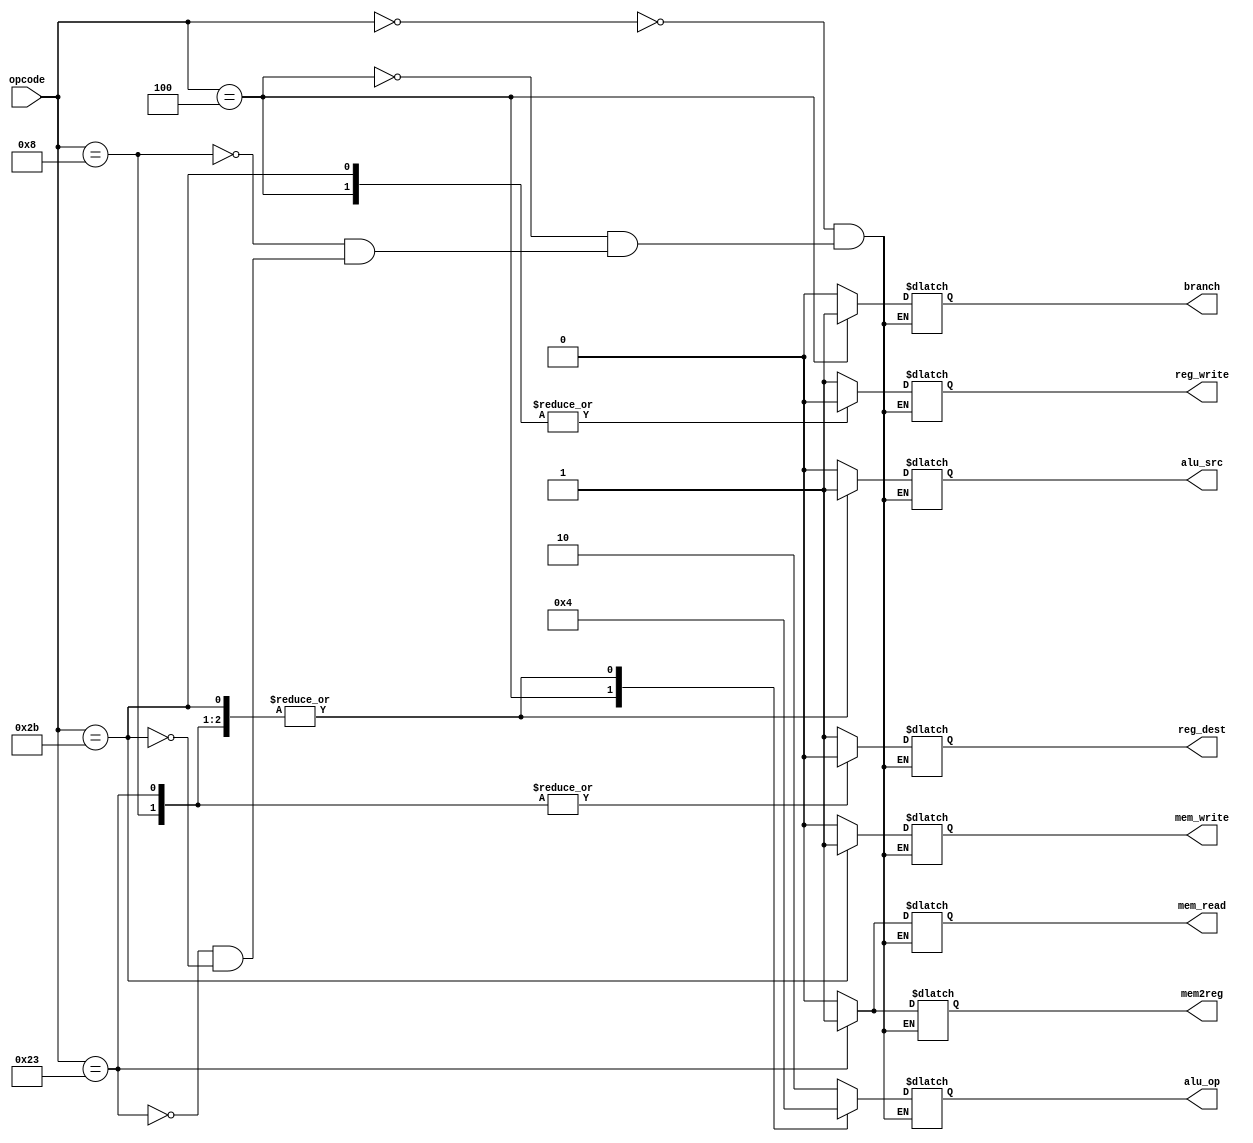
// NO CHANGES NEED TO BE MADE TO THIS MODULE

`ifndef __ctrl__
`define __ctrl__ defined

module control (
    input [5:0] opcode,
    output reg reg_write,       // (used in the wb stage)   specifies if or not a register be written to
    output reg mem2reg,         // (used in the wb stage)   selects between (data) memory data and the alu result
    output reg branch,          // (used in the mem stage)  selects between the next address and the branch address
    output reg mem_write,       // (used in the mem stage)  specifies whether the memory should be written to or not
    output reg mem_read,        // (used in the mem stage)  specifies whether the memory should be read from or not
    output reg alu_src,         // (used in the ex stage)   selects between (rs data) and (extended immediate data) as the alu's 2nd operand
    output reg [1:0] alu_op,    // (used in the ex stage)   provides the alu control unit a key to select the operation
    output reg reg_dest         // (used in the ex stage)   specifies which out of rt and rd should used as the destination register
);

    always @(*) begin
        case (opcode)
            6'h00 : begin                   // for R type instructions (and, or, add, sub, slt)
                reg_write   = 1'b1;
                mem2reg     = 1'b0;
                branch      = 1'b0;
                mem_write   = 1'b0;
                mem_read    = 1'b0;
                alu_src     = 1'b0;
                alu_op      = 2'b10;
                reg_dest    = 1'b1;
            end
            6'h04 : begin                   // for (I type) branch instructions (beq)
                reg_write   = 1'b0;
                mem2reg     = 1'b0;
                branch      = 1'b1;
                mem_write   = 1'b0;
                mem_read    = 1'b0;
                alu_src     = 1'b0;
                alu_op      = 2'b01;
                reg_dest    = 1'bx;
            end
            6'h08 : begin                   // for (I type) immediate instructions (addi)
                reg_write   = 1'b1;
                mem2reg     = 1'b0;
                branch      = 1'b0;
                mem_write   = 1'b0;
                mem_read    = 1'b0;
                alu_src     = 1'b1;
                alu_op      = 2'b00;
                reg_dest    = 1'b0;
            end
            6'h23 : begin                   // for (I type) memory to register instructions (lw)
                reg_write   = 1'b1;
                mem2reg     = 1'b1;
                branch      = 1'b0;
                mem_write   = 1'b0;
                mem_read    = 1'b1;
                alu_src     = 1'b1;
                alu_op      = 2'b00;
                reg_dest    = 1'b0;
            end
            6'h2B : begin                   // for (I type) register to memory instructions (sw)
                reg_write   = 1'b0;
                mem2reg     = 1'b0;
                branch      = 1'b0;
                mem_write   = 1'b1;
                mem_read    = 1'b0;
                alu_src     = 1'b1;
                alu_op      = 2'b00;
                reg_dest    = 1'bx;
            end
        endcase
    end

endmodule

`endif